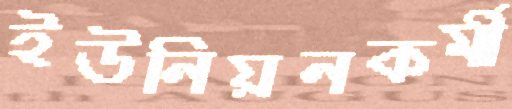
ইউনিয়নকর্মী